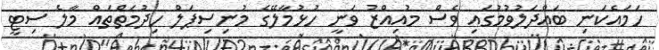
ހަމައެކަނި ބައްދަލުވުމުގައި ވެސް މުއިއްޒު ވަނީ ހުޅުމާލޭގެ މުނިސިޕަލް ހިދުމަތްތައް މާލެ ސިޓީ